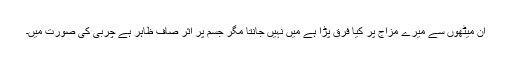
ان میٹھوں سے میرے مزاج پر کیا فرق پڑا ہے میں نہیں جانتا مگر جسم پر اثر صاف ظاہر ہے چربی کی صورت میں۔